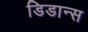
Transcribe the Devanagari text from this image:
डिडान्स